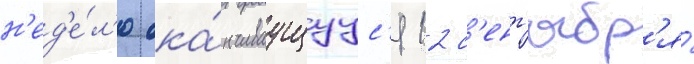
н'ед'е́л'ю ока́нчиваущуус'я 12 с'ент'ябр'я́